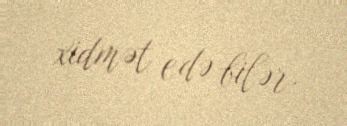
xidmət edə bilər.